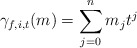
\begin{align*} \gamma_{f,i,t}(m) = \sum_{j=0}^n m_j t^j \end{align*}